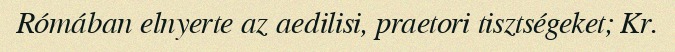
Rómában elnyerte az aedilisi, praetori tisztségeket; Kr.